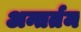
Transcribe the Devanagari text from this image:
अन्तर्तम